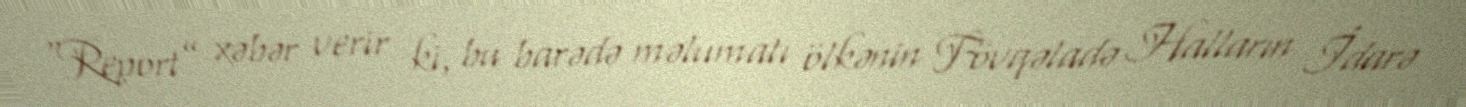
“Report” xəbər verir ki, bu barədə məlumatı ölkənin Fövqəladə Halların İdarə